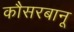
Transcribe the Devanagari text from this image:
कौसरबानू